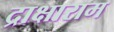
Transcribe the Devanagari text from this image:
द्राक्षाराम